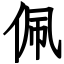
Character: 佩